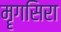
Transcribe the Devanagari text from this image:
मॄगसिरा